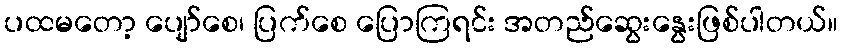
ပထမတော့ ပျော်စေ၊ ပြက်စေ ပြောကြရင်း အတည်ဆွေးနွေးဖြစ်ပါတယ်။